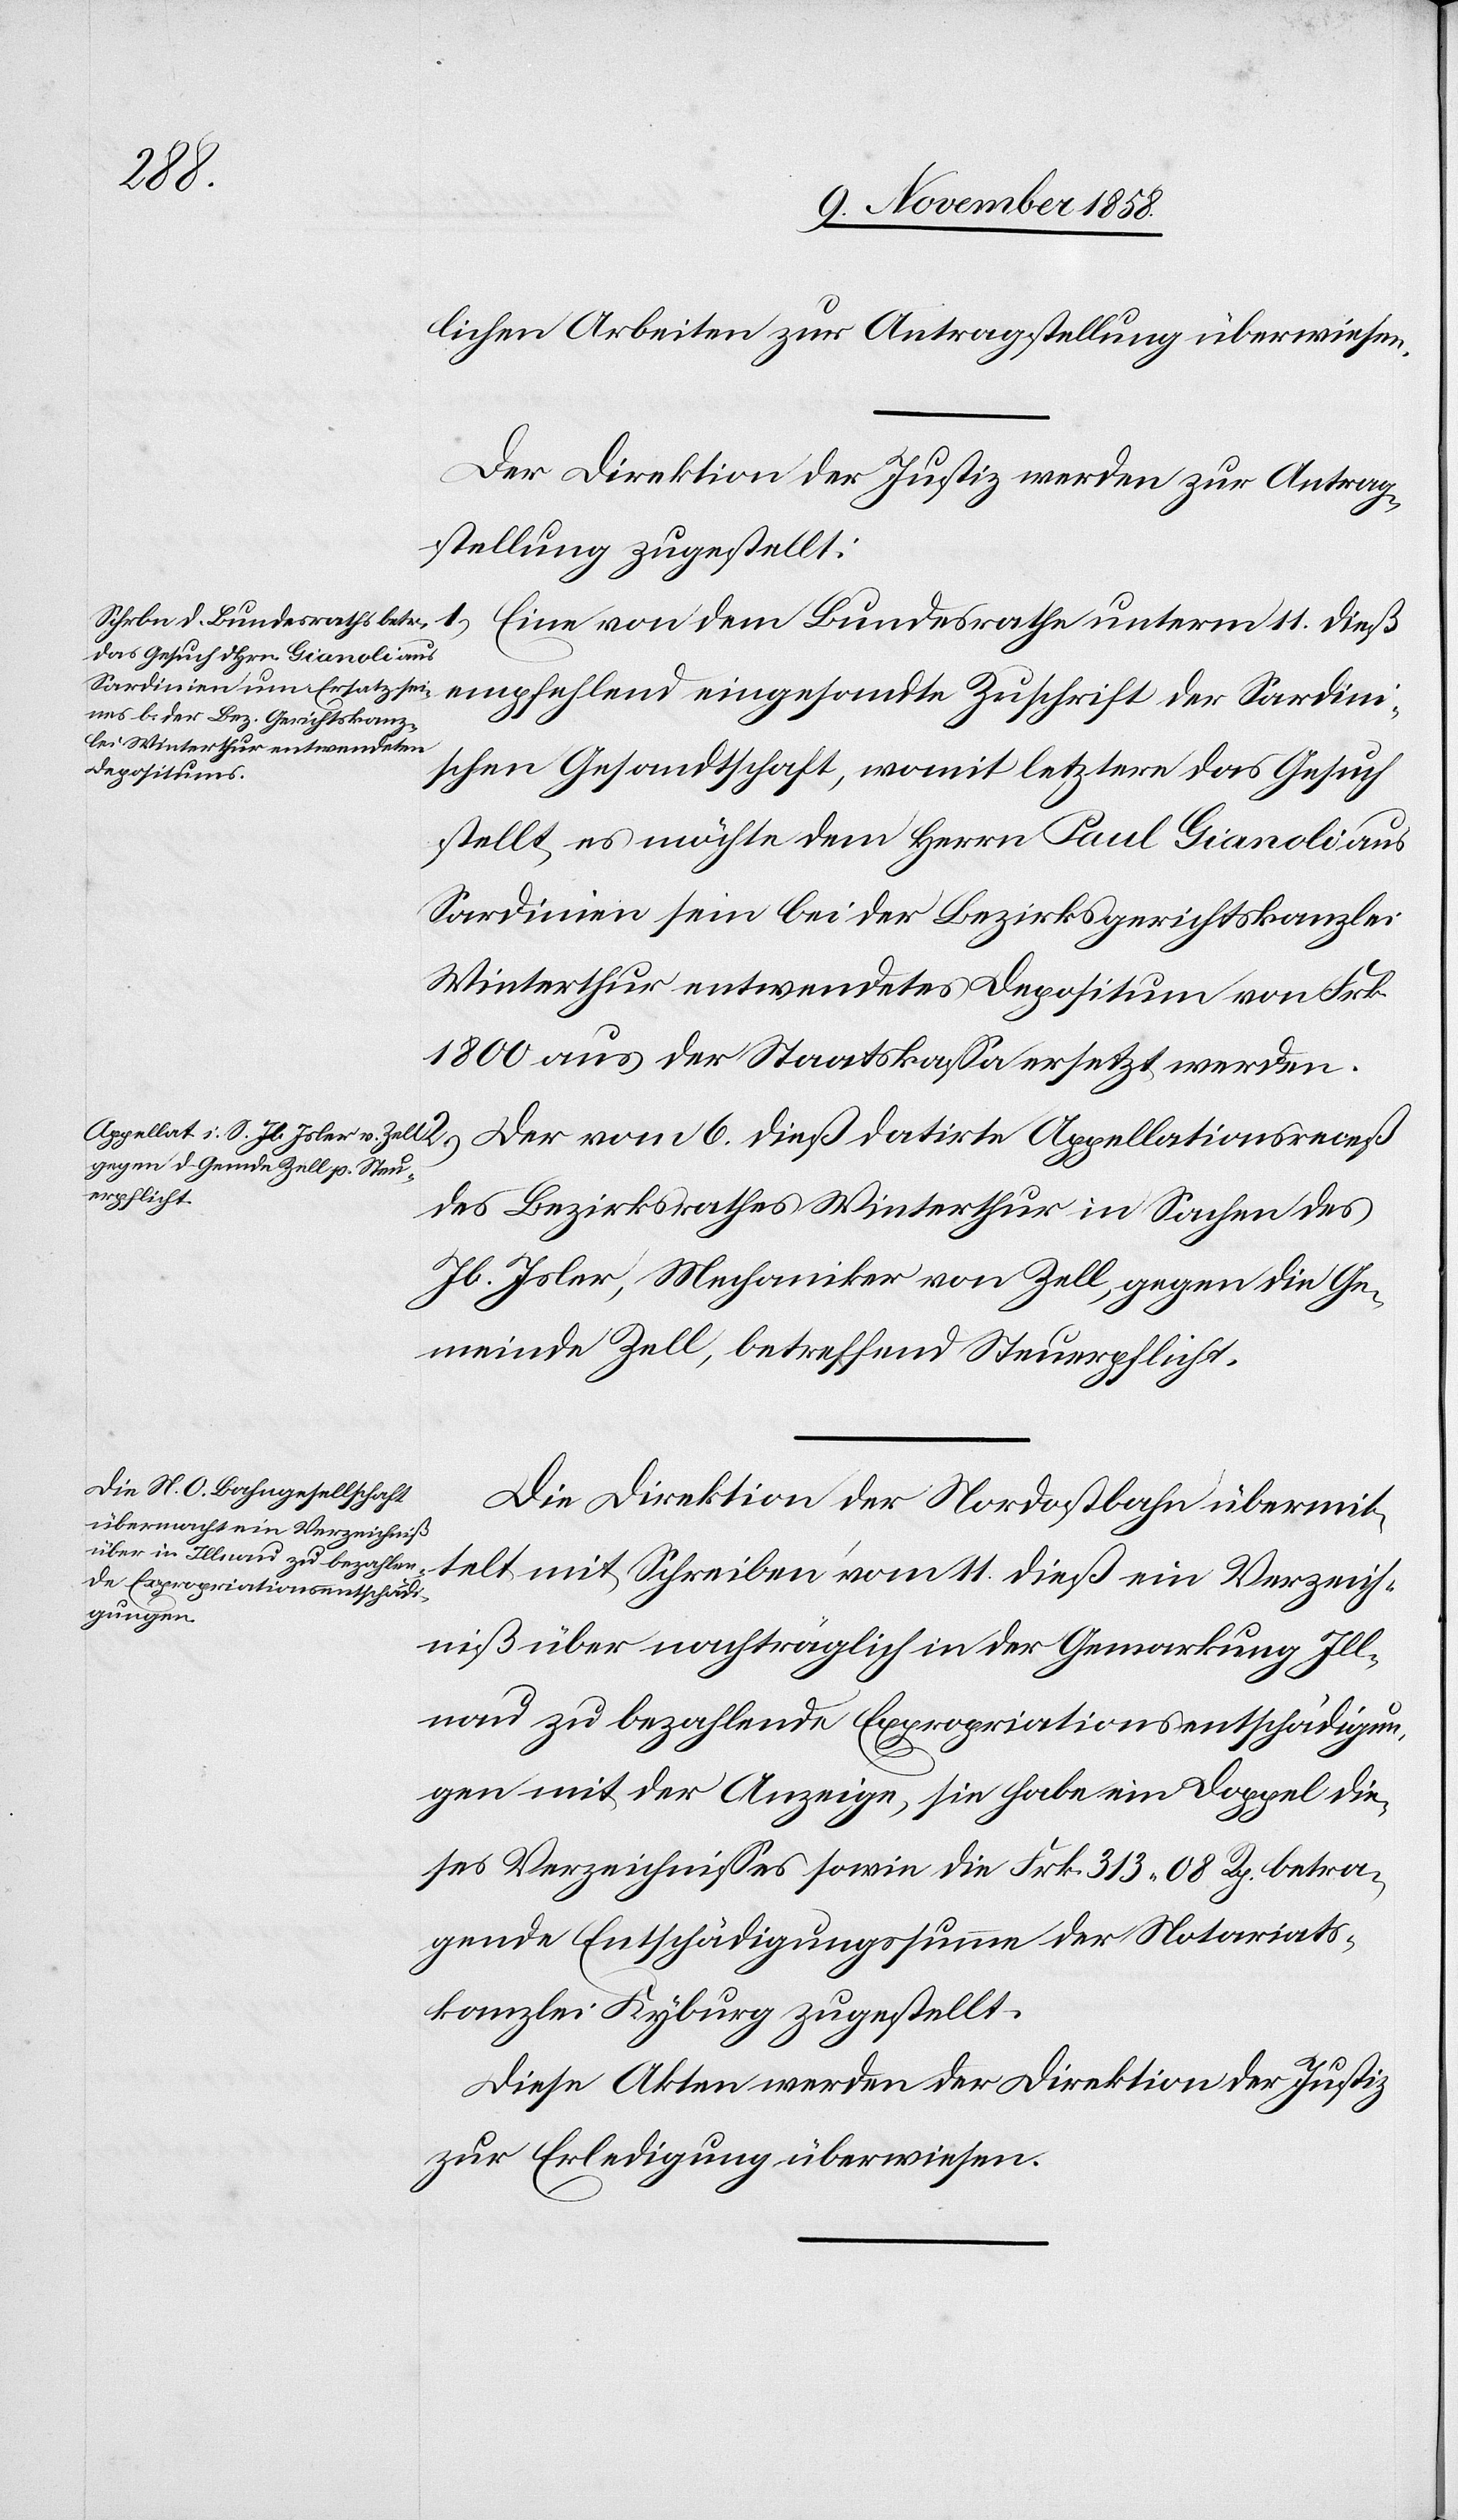
11.
15. November 1858.]
lichen Arbeiten zur Antragstellung überwiesen.
Der Direktion der Justiz werden zur Antrag¬
stellung zugestellt:
schen Gesandtschaft, womit letztere das Gesuch
stellt, es möchte dem Herrn Paul Gianoli aus
Sardinien sein bei der Bezirksgerichtskanzlei
Winterthur entwendetes Depositum von Frk.
1800 aus der Staatskassa ersetzt werden.
2.) Der vom 6. dieß datirte Appellationsreceß
den
des Bezirksrathes Winterthur in Sachen des
Jb. Isler, Mechaniker von Zell, gegen die Ge¬
meinde Zell, betreffend Steuerpflicht.
Die Direktion der Nordostbahn übermit¬
telt mit Schreiben vom 11. dieß ein Verzeich¬
gungen.
niß über nachträglich in der Gemarkung Ill¬
nau zu bezahlende Expropriationsentschädigun¬
gen mit der Anzeige, sie habe ein Doppel die¬
ses Verzeichnisses sowie die Frk. 313 08 Rp. betra¬
gende Entschädigungssumme der Notariats¬
kanzlei Kyburg zugestellt.
Diese Akten werden der Direktion der Justiz
zur Erledigung überwiesen.